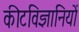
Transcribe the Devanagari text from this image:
कीटविज्ञानियों